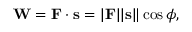
\mathbf { W } = \mathbf { F } \cdot \mathbf { s } = | \mathbf { F } | | \mathbf { s } \| \cos \phi ,